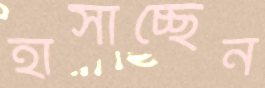
হাসাচ্ছেন